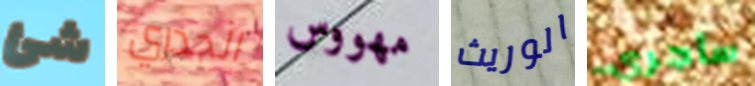
شئ الجدري مهووس الوريث سأجري